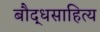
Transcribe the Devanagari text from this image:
बौद्धसाहित्य